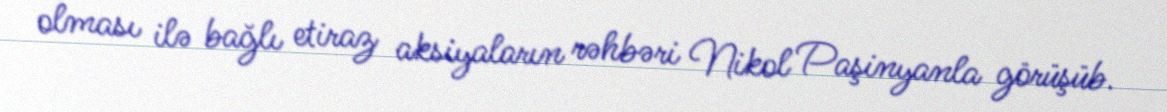
olması ilə bağlı etiraz aksiyaların rəhbəri Nikol Paşinyanla görüşüb.